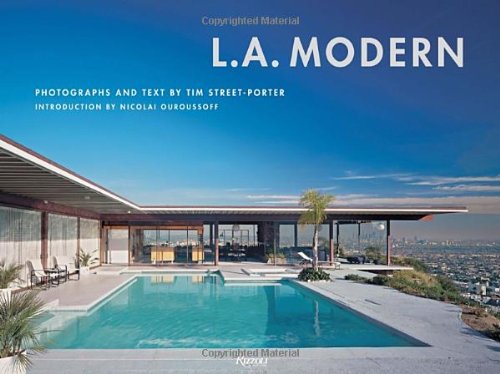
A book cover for L.A. Modern; Crafts, Hobbies & Home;